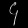
Digit: ၄